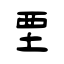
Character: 垔